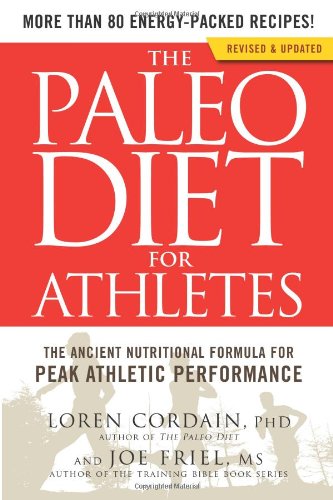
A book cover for The Paleo Diet for Athletes: The Ancient Nutritional Formula for Peak Athletic Performance; Loren Cordain; Health, Fitness & Dieting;